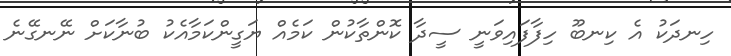
ހިނދަކު އެ ކިނބޫ ހިފާފައިވަނީ ސީދާ ކޮންތާކުން ކަމެއް ޔަގީންކަމާއެކު ބުނާކަށް ނޭނގޭނެ